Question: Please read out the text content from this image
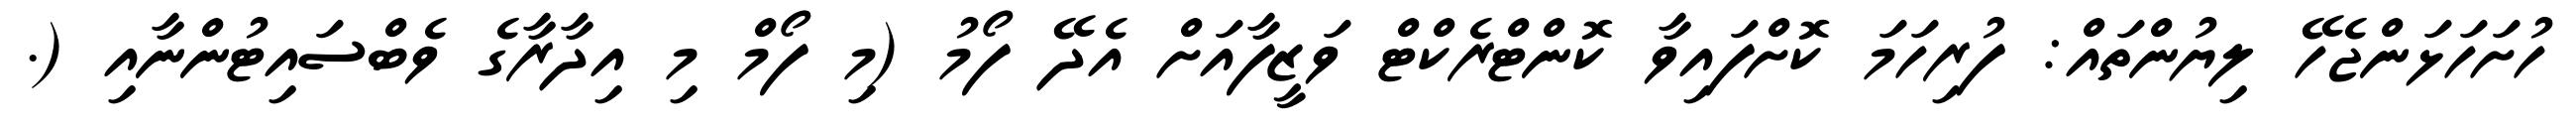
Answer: ހުށަހަޅަންޖެހޭ ލިޔުންތައް: ފުރިހަމަ ކޮށްފައިވާ ކޮންޓްރެކްޓް ވަޒީފާއަށް އެދޭ ފޯމު (މި ފޯމް މި އިދާރާގެ ވެބްސައިޓުންނާއި (.